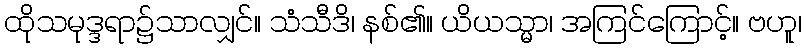
ထိုသမုဒ္ဒရာ၌သာလျှင်။ သံသီဒိ၊ နစ်၏။ ယိယသ္မာ၊ အကြင်ကြောင့်။ ဗဟူ၊